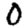
Digit: 0